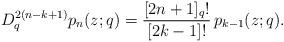
LaTeX: \begin{align*}D_{q}^{2(n-k+1)} p_n(z;q)= \frac{[2n+1]_q!}{[2k-1]!}\, p_{k-1}(z;q).\end{align*}